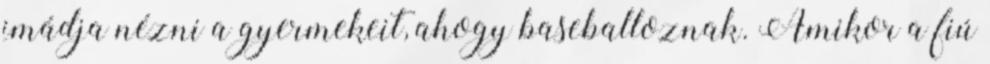
imádja nézni a gyermekeit, ahogy baseballoznak. Amikor a fiú